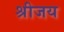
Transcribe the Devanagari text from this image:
श्रीजय